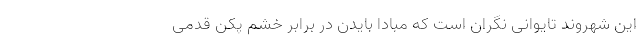
این شهروند تایوانی نگران است که مبادا بایدن در برابر خشم پکن قدمی